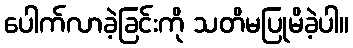
ပေါက်လာခဲ့ခြင်းကို သတိမပြုမိခဲ့ပါ။